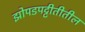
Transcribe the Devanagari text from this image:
झोपडपट्टीतीतील